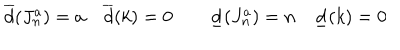
\overline { { { d } } } ( J _ { n } ^ { a } ) = a \quad \overline { { { d } } } ( k ) = 0 \qquad \underline { { { d } } } ( J _ { n } ^ { a } ) = n \quad \underline { { { d } } } ( k ) = 0